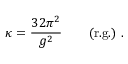
\kappa = \frac { 3 2 \pi ^ { 2 } } { g ^ { 2 } } ~ ~ ~ ~ ~ ~ ( { \mathrm { r . g . } } ) ~ .